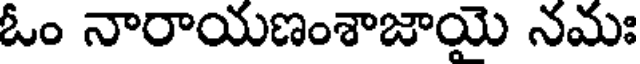
ఓం నారాయణంశాజాయై నమః